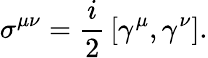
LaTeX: \sigma^{\mu\nu}={\frac{i}{2}}\left[\gamma^{\mu},\gamma^{\nu}\right].